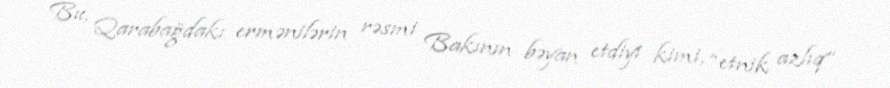
Bu, Qarabağdakı ermənilərin rəsmi Bakının bəyan etdiyi kimi, “etnik azlıq”